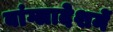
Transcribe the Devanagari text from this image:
बांग्लादेशमें